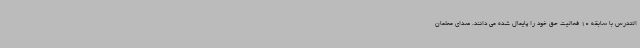
التدرس با سابقه 10 فعالیت حق خود را پایمال شده می دانند. صدای معلمان